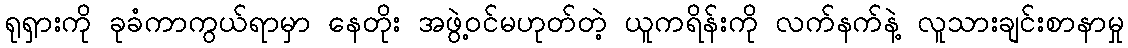
ရုရှားကို ခုခံကာကွယ်ရာမှာ နေတိုး အဖွဲ့ဝင်မဟုတ်တဲ့ ယူကရိန်းကို လက်နက်နဲ့ လူသားချင်းစာနာမှု